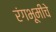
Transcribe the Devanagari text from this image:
रंगभूमींचे